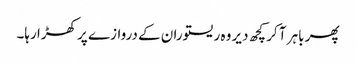
پھر باہر آ کر کچھ دیر وہ ریستوران کے دروازے پر کھڑا رہا۔